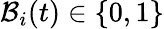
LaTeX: \mathcal{B}_{i}(t)\in\{ 0,1\}